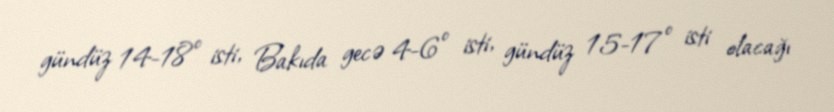
gündüz 14-18° isti, Bakıda gecə 4-6° isti, gündüz 15-17° isti olacağı